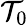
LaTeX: \mathcal{T}_{0}